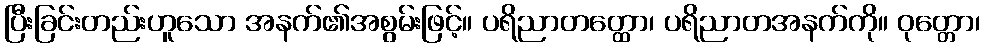
ပြီးခြင်းတည်းဟူသော အနက်၏အစွမ်းဖြင့်။ ပရိညာတတ္ထော၊ ပရိညာတအနက်ကို။ ဝုတ္တော၊